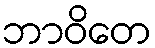
ဘာဝိတေ